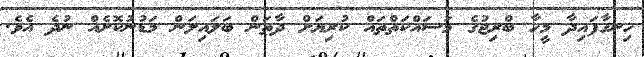
ހިނގާފައިދާ މީހާ ބްރިޖުގެ މަސައްކަތްތައް ކުރިޔަށް ދާތަން ބަލައިލަން މަޑުނުކޮށެއް ނުދެ އެވެ.